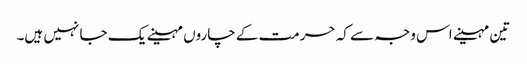
تین مہینے اس وجہ سے کہ حرمت کے چاروں مہینے یک جا نہیں ہیں۔